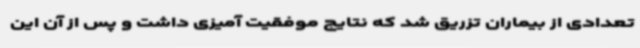
تعدادی از بیماران تزریق شد که نتایج موفقیت آمیزی داشت و پس از آن این